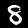
Digit: 8